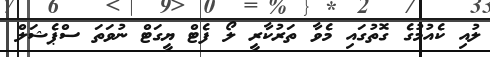
ލުއި ކެއުމުގެ ގޮތުގައި މެވާ ތަރުކާރީ ލޯ ފެޓް ޔީގަޓް ނުވަތަ ސްޕެޝަލް